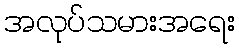
အလုပ်သမားအရေး